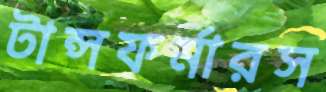
টান্সফর্মারস